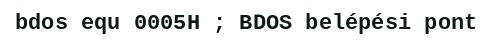
bdos equ 0005H ; BDOS belépési pont